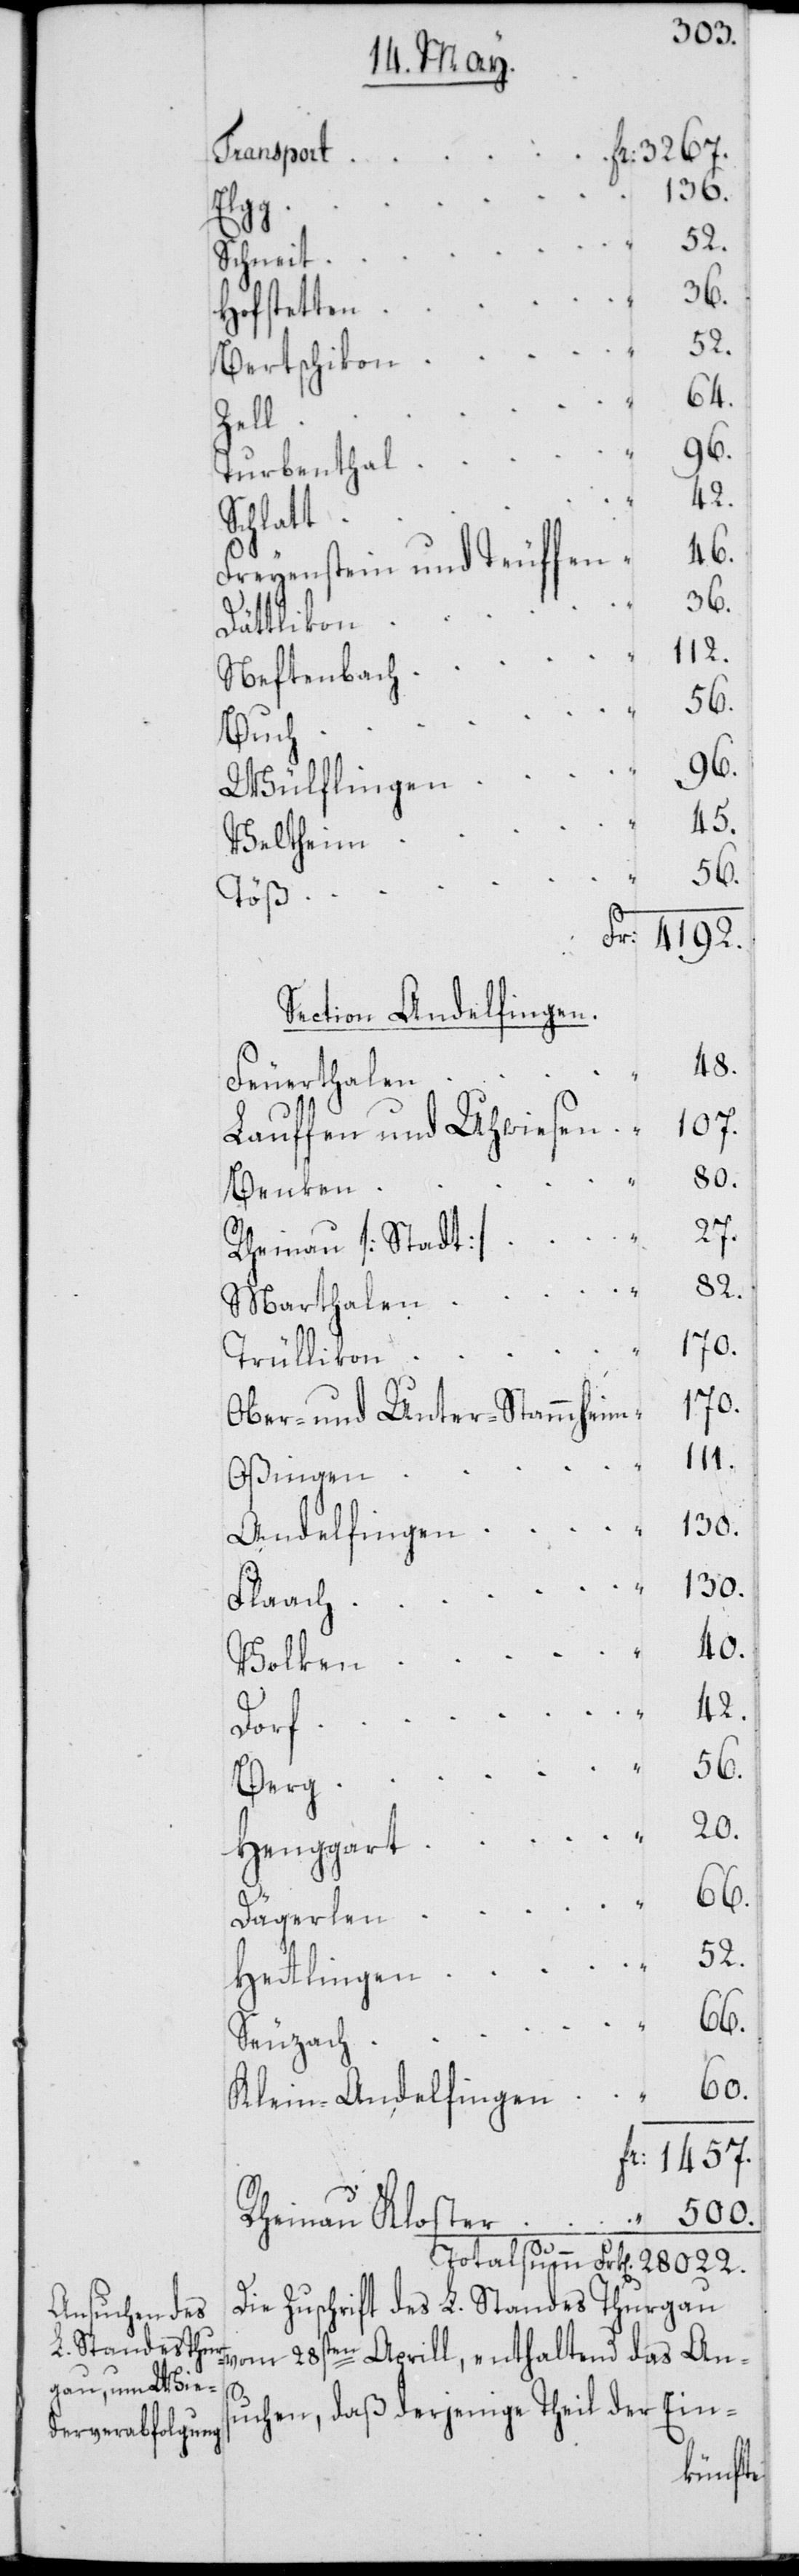
Transport
Fr: 3267.
36.
Elgg
Schneit
Hofstetten
82.
Bertschikon
64.
Zell
96.
Turbenthal
Schlatt
46.
Freyenstein und Teuffen
Dättlikon
112.
Neftenbach
Buch
56.
Wülflingen
45.
Veltheim
Töß
Fr. 4192.
Section Andelfingen.
48.
Feuerthalen
107.
Lauffen und Uhwiesen
80.
Benken
27.
Rheinau [Stadt]
Marthalen
Trüllikon
170.
Ober- und Unter-Stammheim
111.
Oßingen
130.
Andelfingen
Flaach
40.
Volken
42.
Dorf
56.
Berg
20.
Henggart
Dägerlen
52.
Hettlingen
52.
66.
Seuzach
500.
Klein-Andelfingen
Fr: 1457.
Rheinau Kloster “
Totalsumm Frk[en]. 28 022.
Die Zuschrift des L. Standes Thurgau
vom 28sten Aprill, enthaltend das Ans¬
Ein-
uchen, daß derjenige Theil der